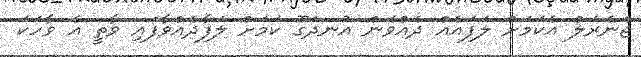
ޖެނެރަލް އެކަމަށް ލަފައެއް ދެއްވަން އުނދަގޫ ކަމަށް ލަފާދެއްވާފައި ވާތީ އެ ވާހަކަ